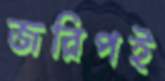
জরিপই